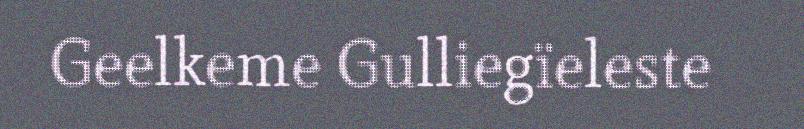
Geelkeme Gulliegïeleste